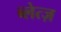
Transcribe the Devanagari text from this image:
ब्लेत्ज़